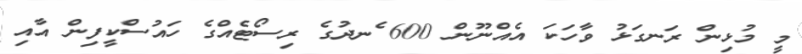
މީ މުޅިން ރަނގަޅު ވާހަކަ އެއްނޫން 600 ެނދުގެ ރިސޯޓެއްގެ ހައުސްކީފިން އާއި